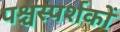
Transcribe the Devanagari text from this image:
पश्चस्पर्शकों